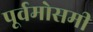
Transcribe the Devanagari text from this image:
पूर्वमोसमी